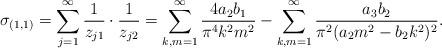
LaTeX: \begin{align*}\sigma_{(1,1)}=\sum_{j=1}^\infty \frac {1}{z_{j1}}\cdot \frac {1}{z_{j2}}=\sum_{k,m=1}^{\infty} \frac {4a_2b_1}{\pi^4k^2m^2}-\sum_{k,m=1}^{\infty} \frac{a_3b_2}{\pi^2(a_2m^2-b_2k^2)^2}.\end{align*}